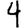
Digit: 4